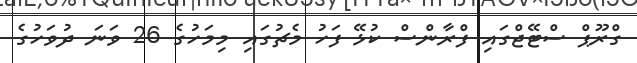
ގްރޫޕް ސްޓޭޖްގައި ފްރާންސް ކުޅޭ ފަހު މެޗުގައި މިމަހުގެ 26 ވަނަ ދުވަހުގެ